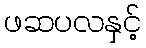
ဖဆပလနှင့်